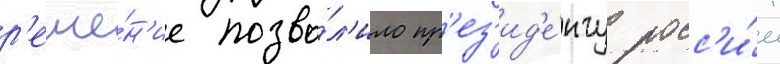
р'еше́н'ие позво́л'ило пр'ез'ид'е́нту росс'и́и